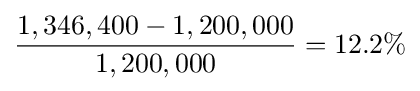
{\frac {1,346,400-1,200,000}{1,200,000}}=12.2\%